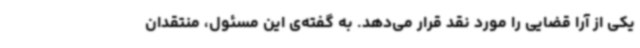
یکی از آرا قضایی را مورد نقد قرار می‌دهد. به گفته‌ی این مسئول، منتقدان